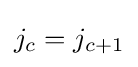
j_{c}=j_{c+1}